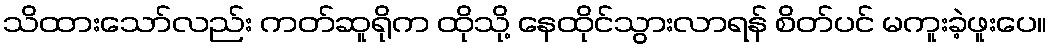
သိထားသော်လည်း ကတ်ဆူရိုက ထိုသို့ နေထိုင်သွားလာရန် စိတ်ပင် မကူးခဲ့ဖူးပေ။